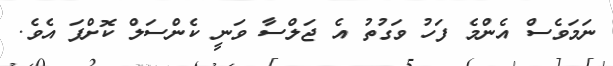
ނަމަވެސް އެންމެ ފަހު ވަގުތު އެ ޖަލްސާ ވަނީ ކެންސަލް ކޮށްފަ އެވެ.